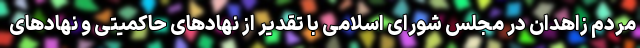
مردم زاهدان در مجلس شورای اسلامی با تقدیر از نهادهای حاکمیتی و نهادهای